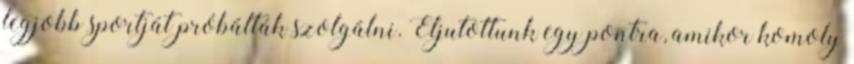
legjobb sportját próbálták szolgálni. Eljutottunk egy pontra, amikor komoly